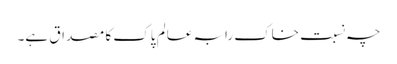
چہ نسبت خاک رابہ عالم پاک کا مصداق ہے۔